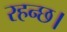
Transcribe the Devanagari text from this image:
रहन्छ।